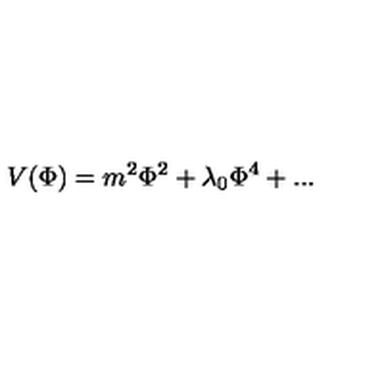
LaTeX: V ( \Phi ) = m ^ { 2 } \Phi ^ { 2 } + \lambda _ { 0 } \Phi ^ { 4 } + . . .